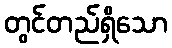
တွင်တည်ရှိသော